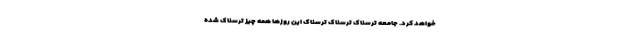
خواهد کرد. جامعه ترسناکِ ترسناکِ ترسناک این روزها همه چیز ترسناک شده